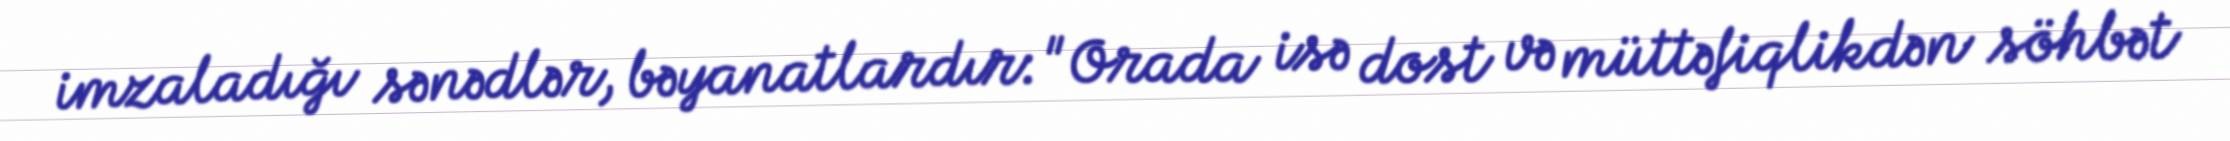
imzaladığı sənədlər, bəyanatlardır: "Orada isə dost və müttəfiqlikdən söhbət